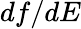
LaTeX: df/dE